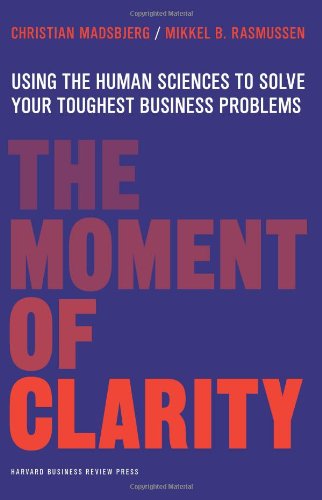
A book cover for The Moment of Clarity: Using the Human Sciences to Solve Your Toughest Business Problems; Christian Madsbjerg; Business & Money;